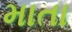
માતા